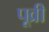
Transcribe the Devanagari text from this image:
पूव्री